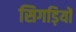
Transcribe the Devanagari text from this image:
सिगड़ियों